Vaccination report Assam 1874-1896 - 1874-1896
Year: 1874
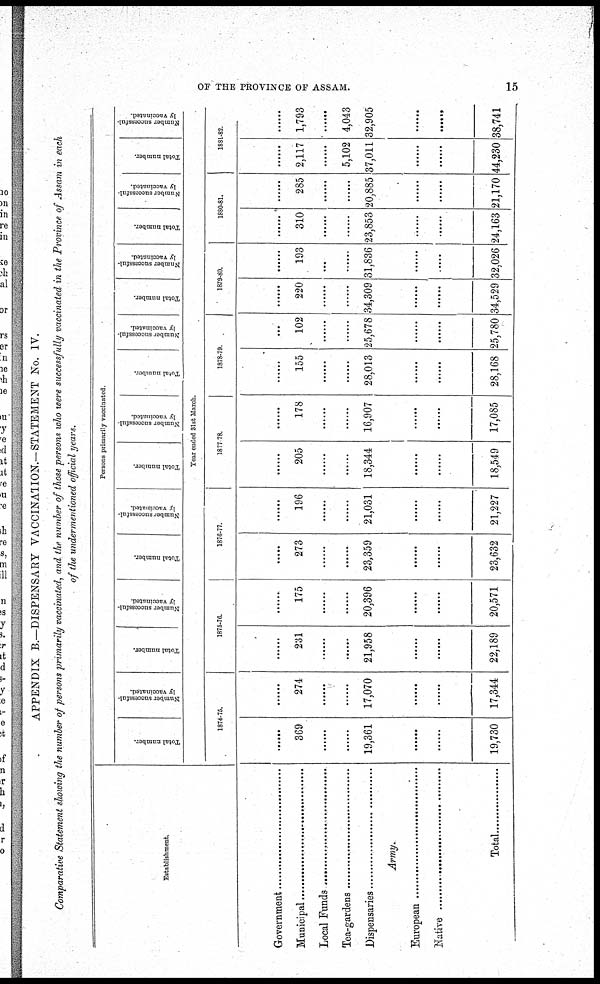
OF THE PROVINCE OF ASSAM.
15
APPENDIX B.—DISPENSARY VACCINATION.—STATEMENT No. IV.
Comparative Statement showing the number of persons primarily vaccinated, and the number of those persons who were successfully vaccinated in the Province of Assam in each
of the undermentioned official years.
Establishment.
Government ....................
Municipal .....................
Local Fund .....................
Tea-gardens ..................
Dispensaries ..................
Army.
European ...............
Native ...............
Total ............
Persons primarily vaccinated.
Total number.
Number successful-
ly vaccinated.
Total number.
Number successful-
ly vaccinated.
Total number.
Number successful-
ly vaccinated.
Total number.
Number successful-
ly vaccinated.
Total number.
Number successful-
ly vaccinated.
Total number.
Number successful-
ly vaccinated.
Total number.
Number successful-
ly vaccinated.
Total number.
Number successful-
ly vaccinated.
Year ended 31st March.
1874-75.
......
369
......
......
19,361
......
......
19,730
......
274
......
......
17,070
......
......
17,344
1875-76.
......
231
......
......
21,958
......
......
22,189
......
175
......
......
20,396
......
......
20,571
1876-77.
......
273
......
......
23,359
......
......
23,632
......
196
......
......
21,031
......
......
21,227
1877-78.
......
205
......
......
18,344
......
......
18,549
......
178
......
......
16,907
......
......
17,085
1878-79.
......
155
......
......
28,013
......
......
28,168
......
102
......
......
25,678
......
......
25,780
1879-80.
......
220
......
......
34,309
......
......
34,529
......
193
......
......
31,836
......
......
32,026
1880-81.
......
310
......
......
23,853
......
......
24,163
......
285
......
......
20,885
......
......
21,170
1881-82.
......
2,117
......
5,102
37,011
......
......
44,230
......
1,793
......
4,043
32,905
......
......
38,741